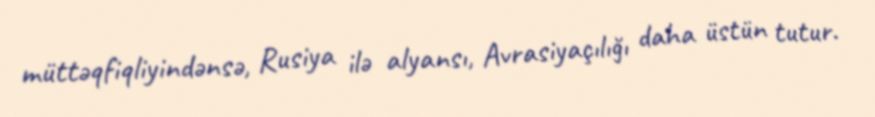
müttəqfiqliyindənsə, Rusiya ilə alyansı, Avrasiyaçılığı daha üstün tutur.